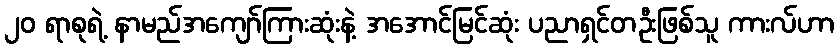
၂၀ ရာစုရဲ့ နာမည်အကျော်ကြားဆုံးနဲ့ အအောင်မြင်ဆုံး ပညာရှင်တဦးဖြစ်သူ ကားလ်ဟာ